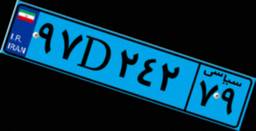
۹۷D۲۴۲۷۹